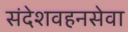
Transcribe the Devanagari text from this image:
संदेशवहनसेवा